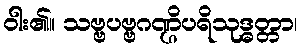
ဝါး၏။ သဗ္ဗပဗ္ဗဂဏ္ဌိပရိသုဒ္ဓတ္တာ၊